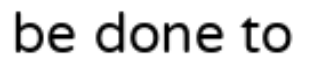
be done to